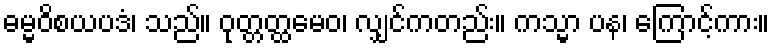
ဓမ္မဝိစယပဒံ၊ သည်။ ဝုတ္တတ္ထမေဝ၊ လျှင်ကတည်း။ ကသ္မာ ပန၊ ကြောင့်ကား။